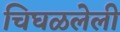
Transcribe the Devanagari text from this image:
चिघळलेली